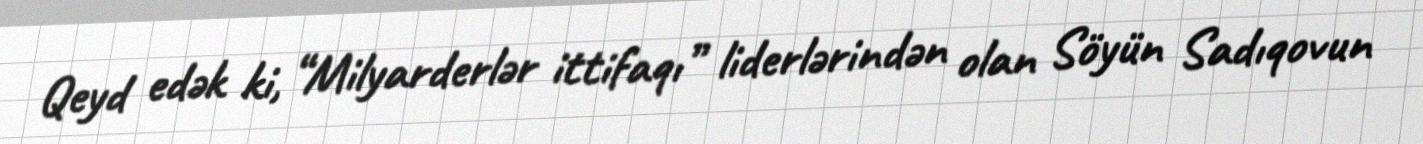
Qeyd edək ki, “Milyarderlər ittifaqı” liderlərindən olan Söyün Sadıqovun